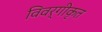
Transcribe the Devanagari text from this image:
विवर्गीकृत